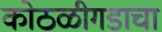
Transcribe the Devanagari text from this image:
कोठळीगडाचा